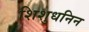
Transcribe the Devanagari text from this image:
शिशुधनिन